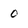
Character: 0